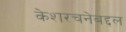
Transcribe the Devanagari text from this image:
केशरचनेबद्दल